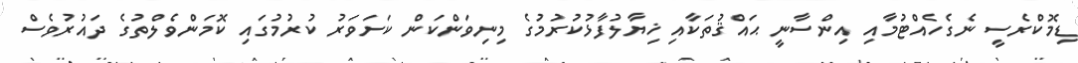
ޑިމޮކްރެސީ ނެގެހެއްޓުމާއި އިންސާނީ ޙައްޤުތަކާއި ޚިޔާލުފާޅުކުރުމުގެ މިނިވަންކަން ކަށަވަރު ކުރުމުގައި ކޮމަންވެލްތުގެ ދައުރުވެސް